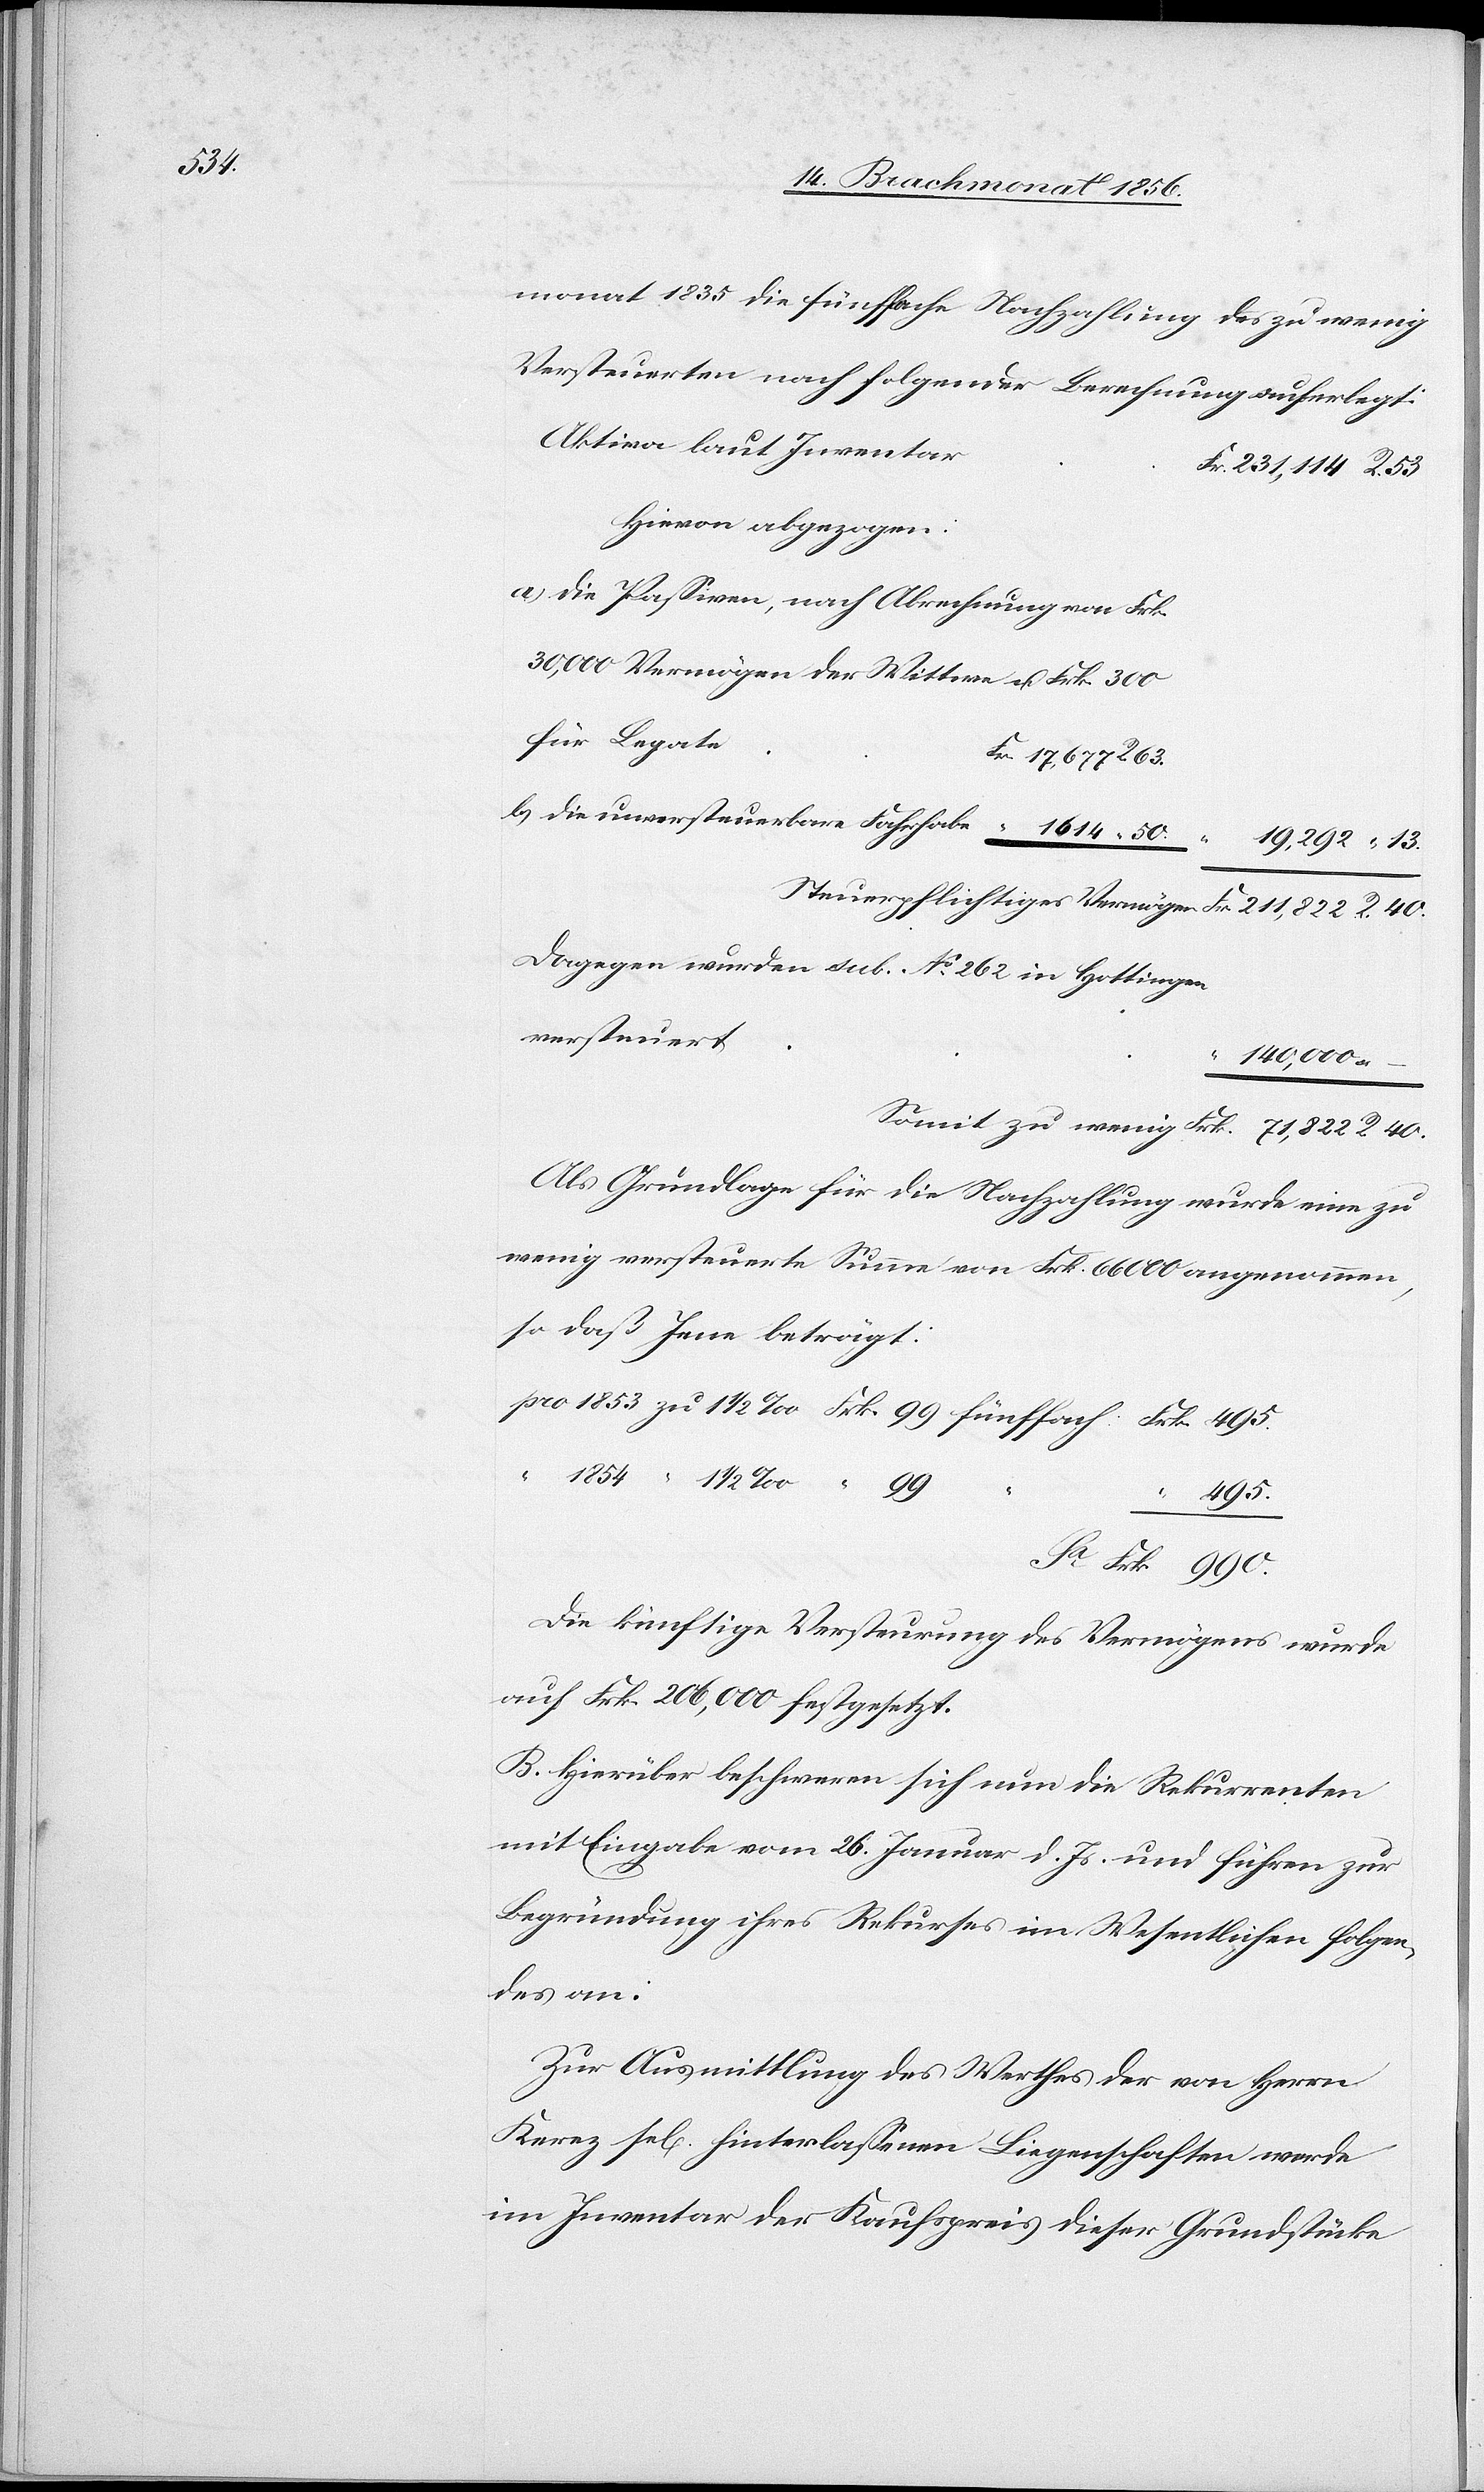
Frk.

monat 1835 die fünffache Nachzahlung des zu wenig
Versteuerten nach folgender Berechnung auferlegt:
Aktiva laut Inventar
Hievon abgezogen:
a) die Passiven, nach Abrechnung von Frk.
30,000 Vermögen der Wittwe u. Frk. 300
für Legate
b) die unversteuerbare Fahrhabe
Steuerpflichtiges Vermögen
Dagegen wurden sub. No 262 in Hottingen
versteuert
Als Grundlage für die Nachzahlung wurde eine zu
wenig versteuerte Summe von Frk. 66000 angenommen,
so daß Jene beträgt:
990.
Frk.
Die künftige Versteurung des Vermögens wurde
auf Frk. 206,000 festgesetzt.
B. Hierüber beschweren sich nun die Rekurrenten
mit Eingabe vom 26. Januar d. Js. und führen zur
Begründung ihres Rekurses im Wesentlichen folgen¬
des an:
Zur Ausmittlung des Werthes der von Herrn
Kerez sel[ig] hinterlassenen Liegenschaften werde
im Inventar der Kaufspreis dieser Grundstücke